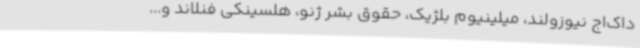
داک‌اج نیوزولند، میلینیوم بلژیک، حقوق بشر ژنو، هلسینکی فنلاند و...